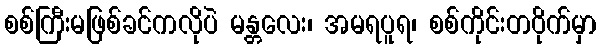
စစ်ကြီးမဖြစ်ခင်ကလိုပဲ မန္တလေး၊ အမရပူရ၊ စစ်ကိုင်းတဝိုက်မှာ